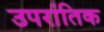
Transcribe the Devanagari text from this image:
उपरांतिक